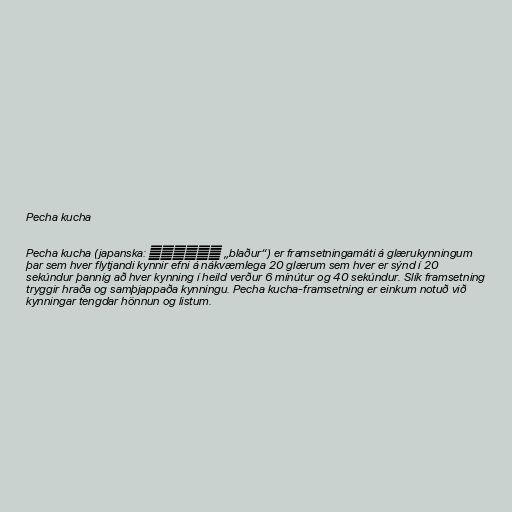
Pecha kucha

Pecha kucha (japanska: ぺちゃくちゃ „blaður“) er framsetningamáti á glærukynningum
þar sem hver flytjandi kynnir efni á nákvæmlega 20 glærum sem hver er sýnd í 20
sekúndur þannig að hver kynning í heild verður 6 mínútur og 40 sekúndur. Slík framsetning
tryggir hraða og samþjappaða kynningu. Pecha kucha-framsetning er einkum notuð við
kynningar tengdar hönnun og listum.